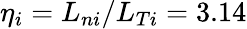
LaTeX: \eta_{i}=L_{ni}/L_{Ti}=3.14